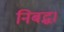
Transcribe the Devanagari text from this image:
निबद्ध।